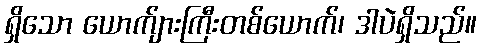
ရှိသော ယောက်ျားကြီးတစ်ယောက်၊ ဒါပဲရှိသည်။